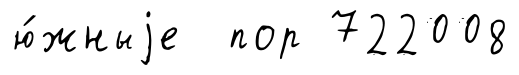
ю́жныjе пор 722008